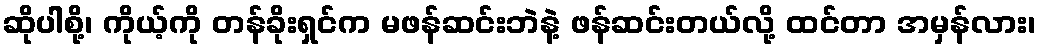
ဆိုပါစို့၊ ကိုယ့်ကို တန်ခိုးရှင်က မဖန်ဆင်းဘဲနဲ့ ဖန်ဆင်းတယ်လို့ ထင်တာ အမှန်လား၊